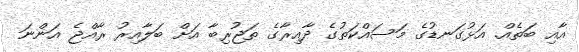
އާއި ބަތެއް. އަޅުގަނޑުގެ މަސައްކަތުގެ ދާއިރާގެ ތަޖުރިބާ އަށް ބަލާއިރު ރާއްޖެ އަންނަ